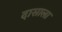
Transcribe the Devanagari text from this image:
दासाला